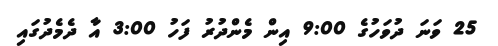
25 ވަނަ ދުވަހުގެ 9:00 އިން މެންދުރު ފަހު 3:00 އާ ދެމެދުގައި